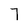
Character: 7